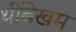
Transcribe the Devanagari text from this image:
थींबेखम